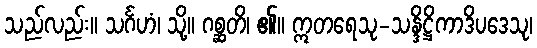
သည်လည်း။ သင်္ဂဟံ၊ သို့။ ဂစ္ဆတိ၊ ၏။ ဣတရေသု-သန္ဒိဋ္ဌိကာဒိပဒေသု၊